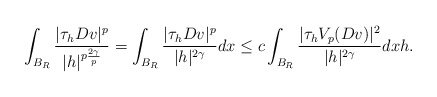
\begin{align*} \int_{B_R} \dfrac{|\tau_h Dv|^p}{|h|^{p \frac{2 \gamma}{p}}} = \int_{B_R} \dfrac{|\tau_h Dv|^p}{|h|^{2 \gamma}} dx \le c \int_{B_R} \dfrac{|\tau_h V_p(Dv)|^2}{|h|^{2 \gamma}} dx h.\end{align*}